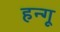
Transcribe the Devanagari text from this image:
हन्गू